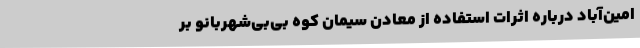
امین‌آباد درباره اثرات استفاده از معادن سیمان کوه بی‌بی‌شهربانو بر